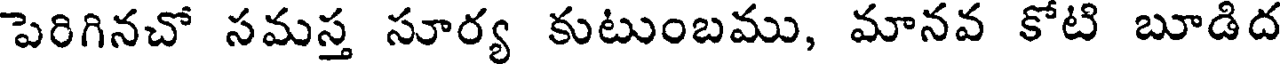
పెరిగినచో సమస్త సూర్య కుటుంబము, మానవ కోటి బూడిద